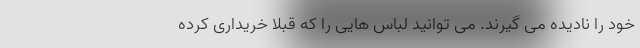
خود را نادیده می گیرند. می توانید لباس هایی را که قبلا خریداری کرده